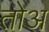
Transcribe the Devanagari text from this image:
तोअ